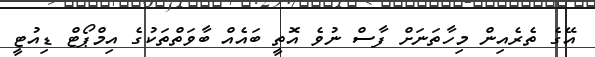
އޭގެ ތެރެއިން މިހާތަނަށް ފާސް ނުވެ އޮތީ ބައެއް ބާވަތްތަކުގެ އިމްޕޯޓް ޑިއުޓީ